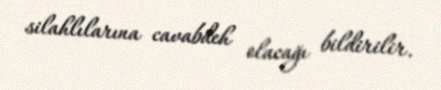
silahlılarına cavabdeh olacağı bildirilir.